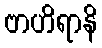
ဗာဟိရာနိ